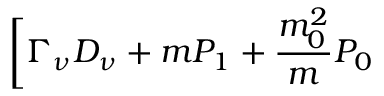
\biggl [ \Gamma _ { \nu } D _ { \nu } + m P _ { 1 } + \frac { m _ { 0 } ^ { 2 } } { m } P _ { 0 }